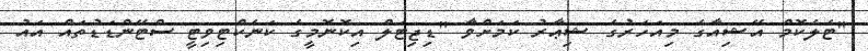
"ޓެލެކޮމް އޭޝިއާގެ މިއަހަރުގެ ޝިޢާރު ކަމަށްވާ "ޑިޖިޓަލް އިކޮނޮމީގެ ކަނެކްޓިވިޓީ ސްޓޭންޑަޑުތައް އައު